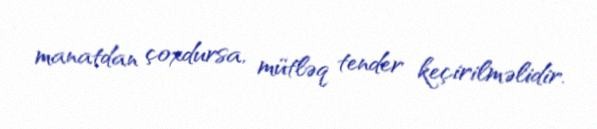
manatdan çoxdursa, mütləq tender keçirilməlidir.